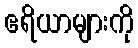
ဧရိယာများကို